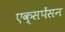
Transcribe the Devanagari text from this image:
एक्सपेंसन